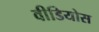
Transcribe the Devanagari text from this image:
वीडियोस